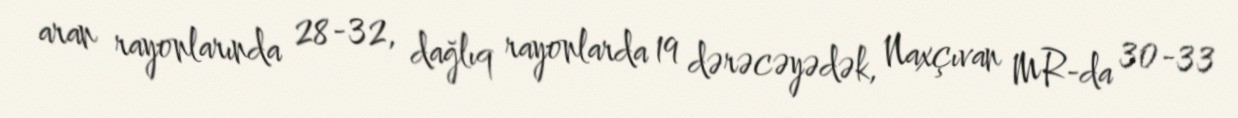
aran rayonlarında 28-32, dağlıq rayonlarda 19 dərəcəyədək, Naxçıvan MR-da 30-33